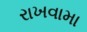
રાખવામા